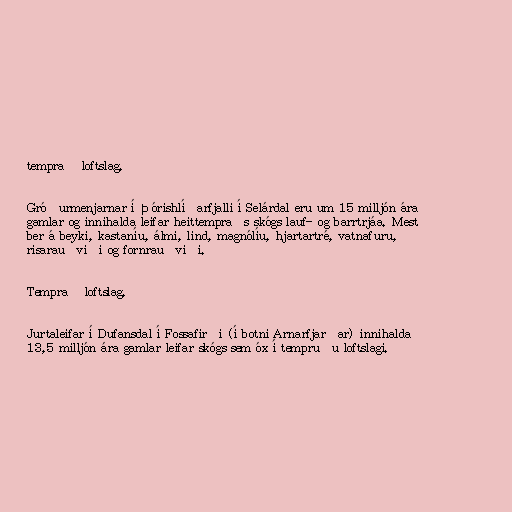
temprað loftslag.

Gróðurmenjarnar í Þórishlíðarfjalli í Selárdal eru um 15 milljón ára
gamlar og innihalda leifar heittempraðs skógs lauf- og barrtrjáa. Mest
ber á beyki, kastaníu, álmi, lind, magnólíu, hjartartré, vatnafuru,
risarauðviði og fornrauðviði.

Temprað loftslag.

Jurtaleifar í Dufansdal í Fossafirði (í botni Arnarfjarðar) innihalda
13,5 milljón ára gamlar leifar skógs sem óx í tempruðu loftslagi.